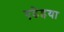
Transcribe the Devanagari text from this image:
एढेइया